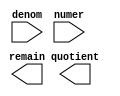
// megafunction wizard: %LPM_DIVIDE%VBB%
// GENERATION: STANDARD
// VERSION: WM1.0
// MODULE: LPM_DIVIDE 

// ============================================================
// Megafunction Name(s):
// 			LPM_DIVIDE
//
// Simulation Library Files(s):
// 			lpm
// ============================================================
// ************************************************************
// THIS IS A WIZARD-GENERATED FILE. DO NOT EDIT THIS FILE!
//
// 18.1.0 Build 625 09/12/2018 SJ Lite Edition
// ************************************************************

//Copyright (C) 2018  Intel Corporation. All rights reserved.
//Your use of Intel Corporation's design tools, logic functions 
//and other software and tools, and its AMPP partner logic 
//functions, and any output files from any of the foregoing 
//(including device programming or simulation files), and any 
//associated documentation or information are expressly subject 
//to the terms and conditions of the Intel Program License 
//Subscription Agreement, the Intel Quartus Prime License Agreement,
//the Intel FPGA IP License Agreement, or other applicable license
//agreement, including, without limitation, that your use is for
//the sole purpose of programming logic devices manufactured by
//Intel and sold by Intel or its authorized distributors.  Please
//refer to the applicable agreement for further details.

module div8u (
	denom,
	numer,
	quotient,
	remain);

	input	[7:0]  denom;
	input	[7:0]  numer;
	output	[7:0]  quotient;
	output	[7:0]  remain;

endmodule

// ============================================================
// CNX file retrieval info
// ============================================================
// Retrieval info: PRIVATE: INTENDED_DEVICE_FAMILY STRING "Cyclone V"
// Retrieval info: PRIVATE: PRIVATE_LPM_REMAINDERPOSITIVE STRING "TRUE"
// Retrieval info: PRIVATE: PRIVATE_MAXIMIZE_SPEED NUMERIC "-1"
// Retrieval info: PRIVATE: SYNTH_WRAPPER_GEN_POSTFIX STRING "0"
// Retrieval info: PRIVATE: USING_PIPELINE NUMERIC "0"
// Retrieval info: PRIVATE: VERSION_NUMBER NUMERIC "2"
// Retrieval info: PRIVATE: new_diagram STRING "1"
// Retrieval info: LIBRARY: lpm lpm.lpm_components.all
// Retrieval info: CONSTANT: LPM_DREPRESENTATION STRING "UNSIGNED"
// Retrieval info: CONSTANT: LPM_HINT STRING "LPM_REMAINDERPOSITIVE=TRUE"
// Retrieval info: CONSTANT: LPM_NREPRESENTATION STRING "UNSIGNED"
// Retrieval info: CONSTANT: LPM_TYPE STRING "LPM_DIVIDE"
// Retrieval info: CONSTANT: LPM_WIDTHD NUMERIC "8"
// Retrieval info: CONSTANT: LPM_WIDTHN NUMERIC "8"
// Retrieval info: USED_PORT: denom 0 0 8 0 INPUT NODEFVAL "denom[7..0]"
// Retrieval info: USED_PORT: numer 0 0 8 0 INPUT NODEFVAL "numer[7..0]"
// Retrieval info: USED_PORT: quotient 0 0 8 0 OUTPUT NODEFVAL "quotient[7..0]"
// Retrieval info: USED_PORT: remain 0 0 8 0 OUTPUT NODEFVAL "remain[7..0]"
// Retrieval info: CONNECT: @denom 0 0 8 0 denom 0 0 8 0
// Retrieval info: CONNECT: @numer 0 0 8 0 numer 0 0 8 0
// Retrieval info: CONNECT: quotient 0 0 8 0 @quotient 0 0 8 0
// Retrieval info: CONNECT: remain 0 0 8 0 @remain 0 0 8 0
// Retrieval info: GEN_FILE: TYPE_NORMAL div8u.v TRUE
// Retrieval info: GEN_FILE: TYPE_NORMAL div8u.inc TRUE
// Retrieval info: GEN_FILE: TYPE_NORMAL div8u.cmp TRUE
// Retrieval info: GEN_FILE: TYPE_NORMAL div8u.bsf TRUE
// Retrieval info: GEN_FILE: TYPE_NORMAL div8u_inst.v TRUE
// Retrieval info: GEN_FILE: TYPE_NORMAL div8u_bb.v TRUE
// Retrieval info: LIB_FILE: lpm